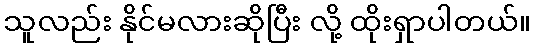
သူလည်း နိုင်မလားဆိုပြီး လို့ ထိုးရှာပါတယ်။